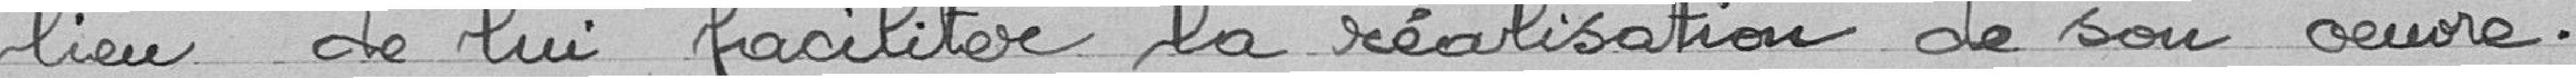
lieu de lui faciliter la réalisation de son œuvre.